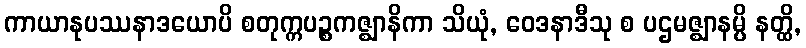
ကာယာနုပဿနာဒယောပိ စတုက္ကပဉ္စကဇ္ဈာနိကာ သိယုံ, ဝေဒနာဒီသု စ ပဌမဇ္ဈာနမ္ပိ နတ္ထိ,